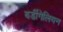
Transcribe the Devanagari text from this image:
बर्डीगेलियन